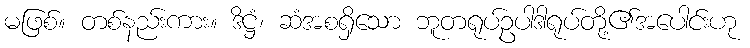
မဖြစ်။ တစ်နည်းကား။ ဒိဋ္ဌံ၊ ဆံအစရှိသော ဘူတရုပ်ဥပါဒါရုပ်တို့၏အပေါင်းဟု